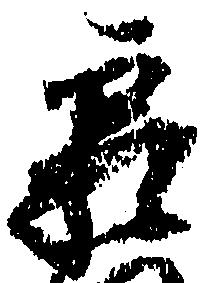
霜